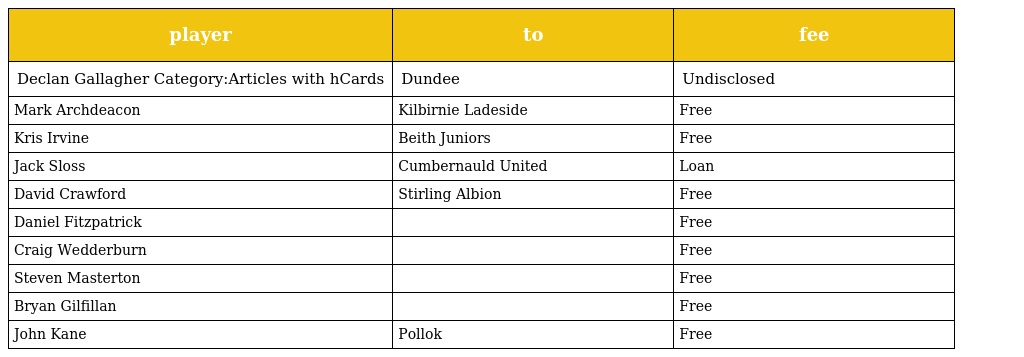
| player | to | fee |
 | --- | --- | --- |
 | Declan Gallagher Category:Articles with hCards | Dundee | Undisclosed |
 | Mark Archdeacon | Kilbirnie Ladeside | Free |
 | Kris Irvine | Beith Juniors | Free |
 | Jack Sloss | Cumbernauld United | Loan |
 | David Crawford | Stirling Albion | Free |
 | Daniel Fitzpatrick |  | Free |
 | Craig Wedderburn |  | Free |
 | Steven Masterton |  | Free |
 | Bryan Gilfillan |  | Free |
 | John Kane | Pollok | Free |